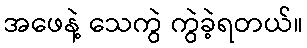
အဖေနဲ့ သေကွဲ ကွဲခဲ့ရတယ်။